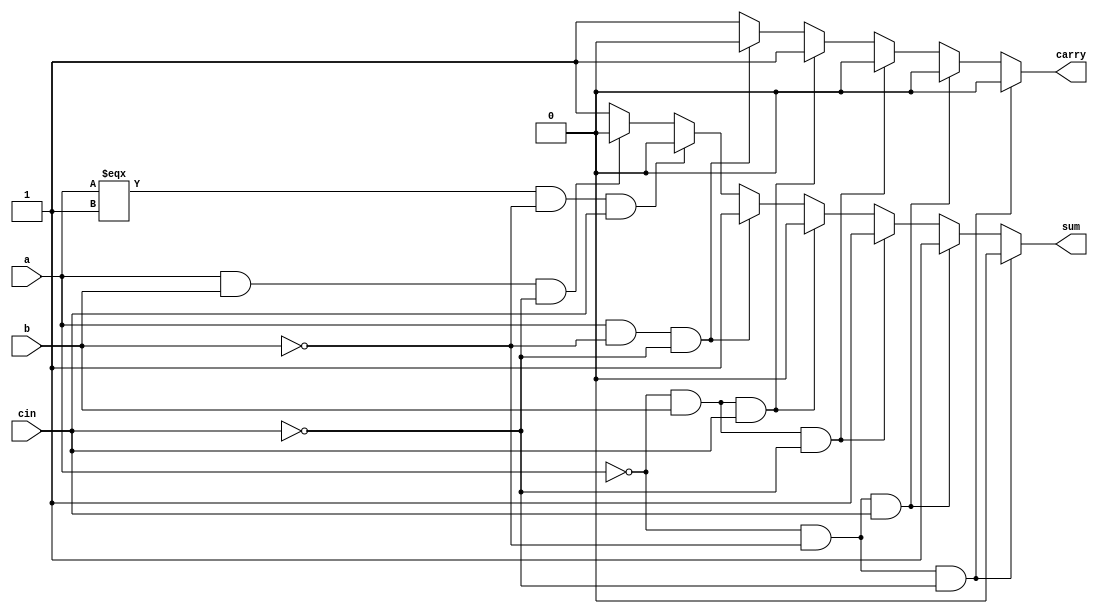
module full_adder(a,b,cin,sum,carry);
input a,b,cin;
output reg sum,carry;
always @(*) begin
	if (a==0 && b==0 && cin==0)begin
		sum=0;
		carry=0;
	end
	else if (a==0 && b==0 && cin==1)begin
		sum=1;
		carry=0;
	end
	else if (a==0 && b==1 && cin==0)begin
		sum=1;
		carry=0;
	end
	else if (a==0 && b==1 && cin==1)begin
		sum=0;
		carry=1;
	end
	else if (a==1 && b==0 && cin==0)begin
		sum=1;
		carry=0;
	end
	else if (a===1 && b==0 && cin==1)begin
		sum=0;
		carry=1;
	end
	else if (a==1 && b==1 && cin==0)begin
		sum=0;
		carry=1;
	end
	else begin
		sum=1;
		carry=1;
	end
end
endmodule